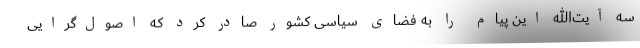
سه آیت‌الله این پیام را به فضای سیاسی کشور صادر کرد که اصول‌گرایی